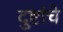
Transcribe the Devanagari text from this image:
दुष्टांचे